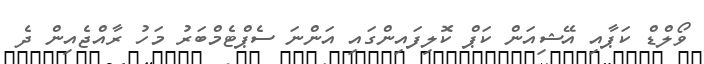
ވޯލްޑް ކަޕާއި އޭޝިއަން ކަޕް ކޮލިފައިންގައި އަންނަ ސެޕްޓެމްބަރު މަހު ރާއްޖެއިން ދެ